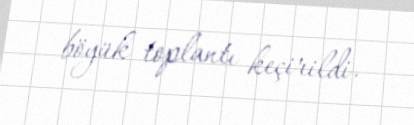
böyük toplantı keçirildi.